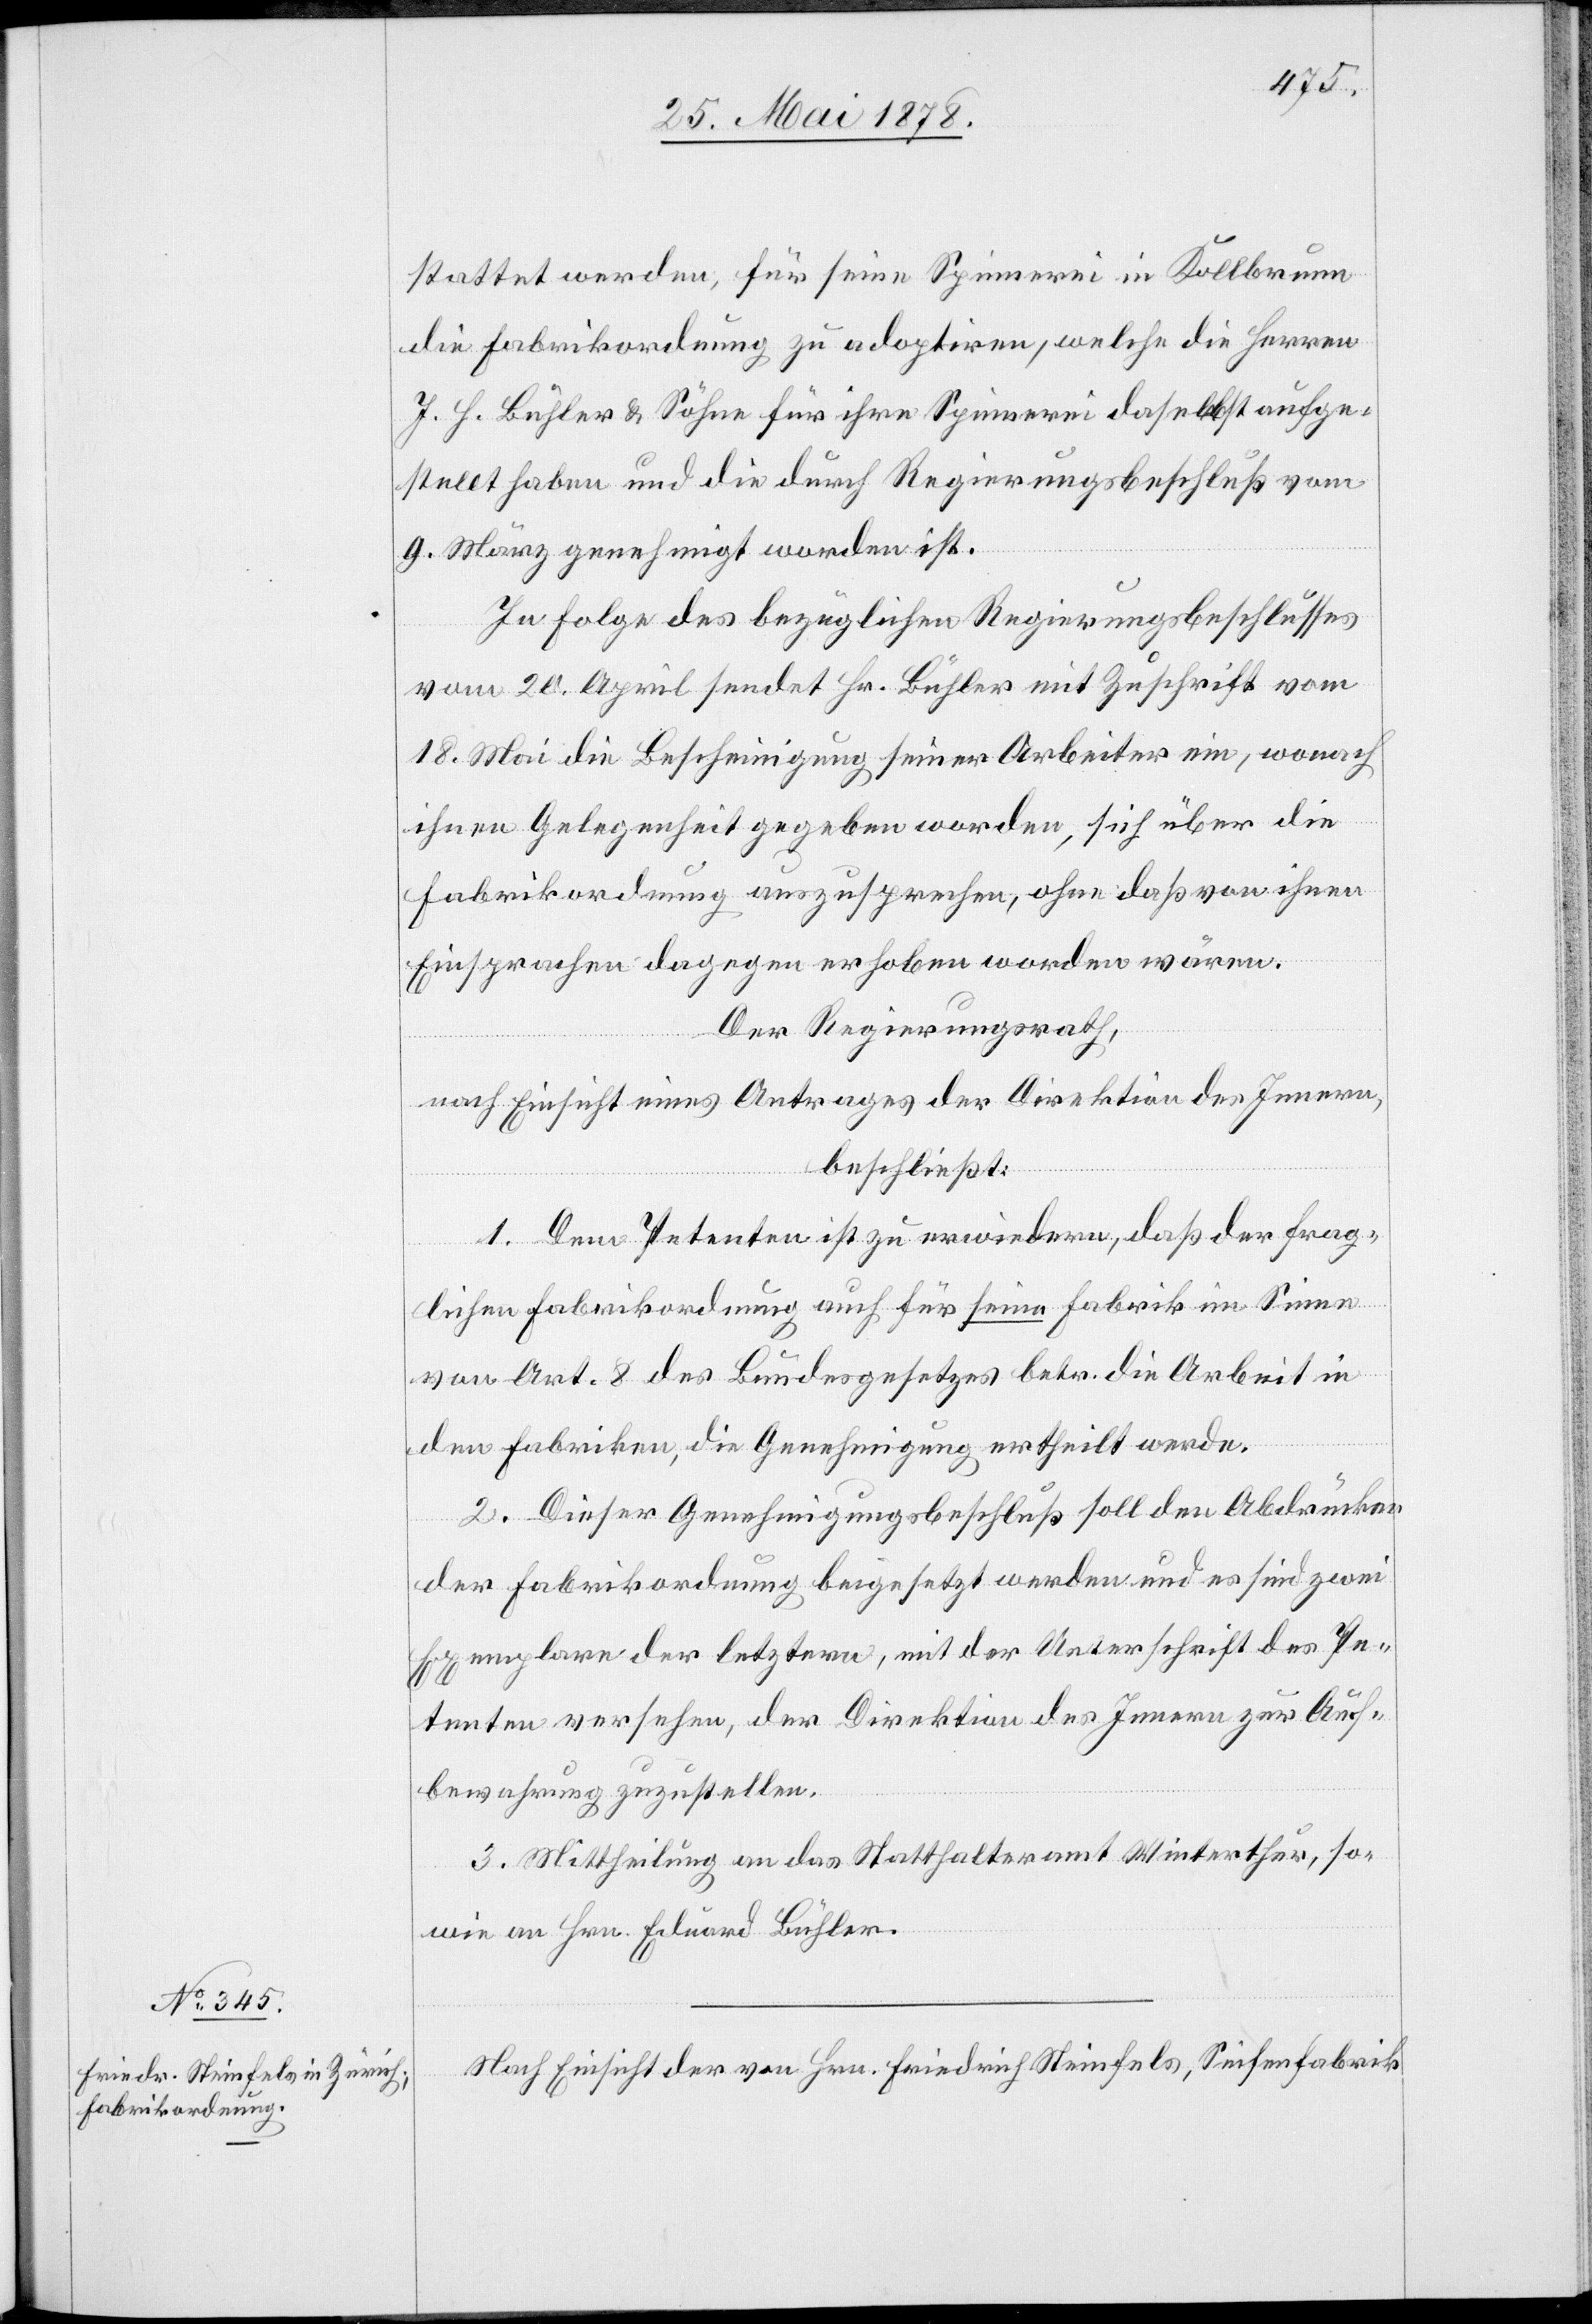
stattet werden, für seine Spinnerei in Kollbrunn
die Fabrikordnung zu adoptiren, welche die Herren
J. H. Bühler & Söhne für ihre Spinnerei daselbst aufge¬
stellt haben und die durch Regierungsbeschluß vom
9. März genehmigt worden ist.
In Folge des bezüglichen Regierungsbeschlusses
vom 20. April sendet Hr. Bühler mit Zuschrift vom
18. Mai die Bescheinigung seiner Arbeiter ein, wonach
ihnen Gelegenheit gegeben worden, sich über die
Fabrikordnung auszusprechen, ohne dass von ihnen
Einsprachen dagegen erhoben worden wären.
Der Regierungsrath,
nach Einsicht eines Antrages der Direktion des Innern,
beschließt:
1. Dem Petenten ist zu erwiedern, dass der frag¬
lichen Fabrikordnung auch für seine Fabrik im Sinne
von Art. 8 des Bundesgesetzes betr. die Arbeit in
den Fabriken, die Genehmigung ertheilt werde.
2. Dieser Genehmigungsbeschluß soll den Abdrücken
der Fabrikordnung beigesetzt werden und es sind zwei
Exemplare der letztern, mit der Unterschrift des Pe¬
tenten versehen, der Direktion des Innern zur Auf¬
bewahrung zuzustellen.
3. Mittheilung an das Statthalteramt Winterthur, so¬
wie an Hrn. Eduard Bühler.
Nach Einsicht der von Hrn. Friedrich Steinfels, Seifenfabrik